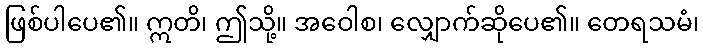
ဖြစ်ပါပေ၏။ ဣတိ၊ ဤသို့။ အဝေါစ၊ လျှောက်ဆိုပေ၏။ တေရသမံ၊